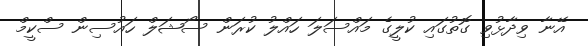
އޭނާ ވިދާޅުވި ގޮތުގައި ކުލީގެ މައްސަލަ ހައްލު ކުރަން ސޯޝަލް ހައުސިން ސްކީމް